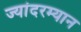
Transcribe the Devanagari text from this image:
ज्यांदरम्यान